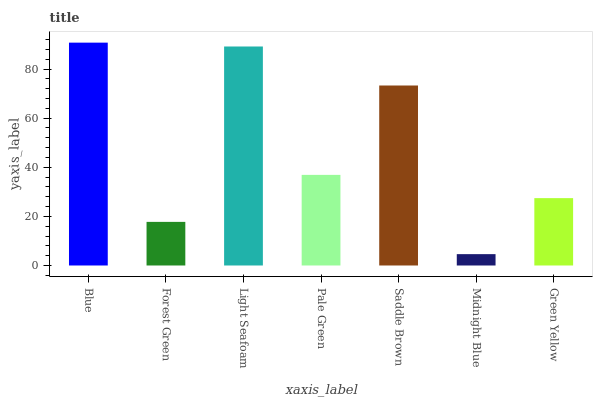
| xaxis_label | bars |
 | --- | --- |
 | Blue | 90.7 |
 | Forest Green | 17.8 |
 | Light Seafoam | 89.2 |
 | Pale Green | 36.9 |
 | Saddle Brown | 73.3 |
 | Midnight Blue | 4.62 |
 | Green Yellow | 27.4 |